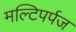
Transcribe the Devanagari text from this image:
मल्टिपर्पज